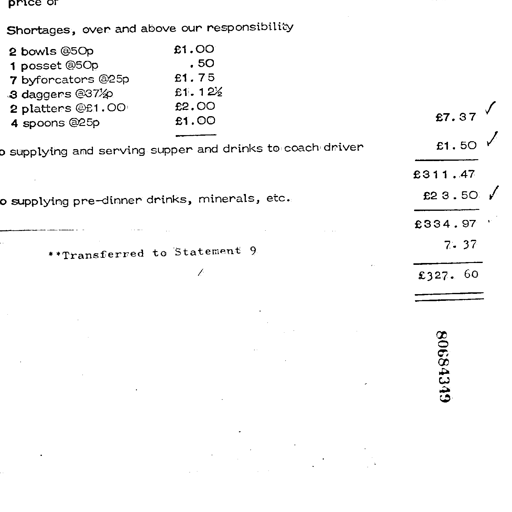
Shortages, over and above our responsibility
2 bowls @50p £1.00
1 posset @50p . 50
7 byforcators @25p £1.75
3 daggers @37½p £1.12½
2 platters @£1.00 £2.00
4 spoons @25p £1.00
£7.37 ✓
supplying and serving supper and drinks to coach driver £1.50 ✓
£311.47
supplying pre-dinner drinks, minerals, etc. £23.50 ✓
£334.97 .
**Transferred to Statement 9 7.37
/ £327.60
80684349